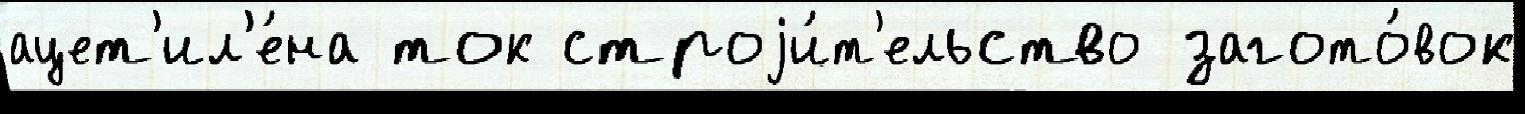
ацет'ил'е́на ток строjи́т'ельство загото́вок